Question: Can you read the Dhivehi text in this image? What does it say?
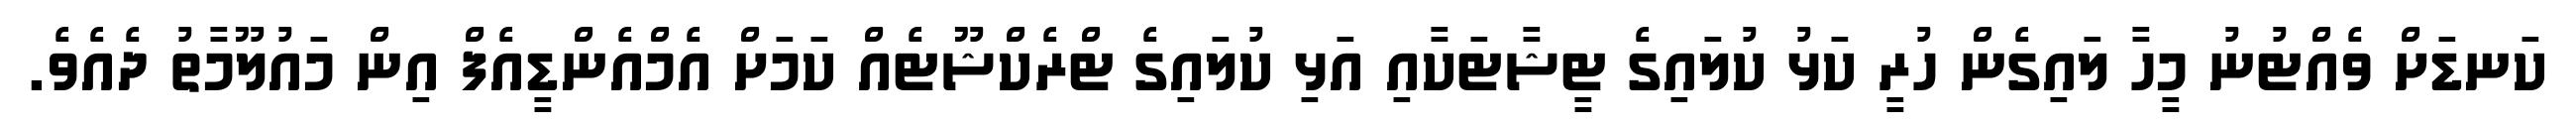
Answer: ކަނޑަށް ވެއްޓުނު މީހާ ލައިގެން ހުރީ ކަޅު ކުލައިގެ ޓީޝާޓަކާއި އަޅި ކުލައިގެ ޓްރެކްޝޫޓެއް ކަމަށް އެމްއެންޑީއެފް އިން މައުލޫމާތު ދެއެވެ.